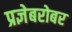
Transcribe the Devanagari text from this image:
प्रज्ञेबरोबर